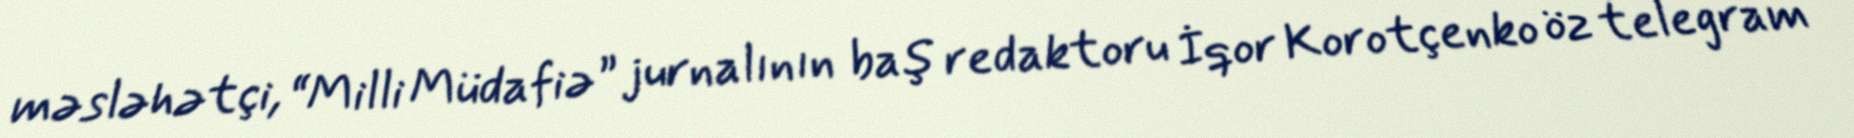
məsləhətçi, “Milli Müdafiə” jurnalının baş redaktoru İqor Korotçenko öz telegram